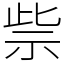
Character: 祡